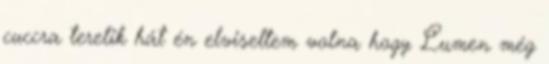
cuccra terelik hát én elviseltem volna hogy Lumen még